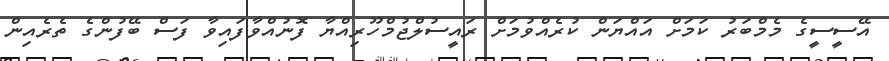
އޭސީސީގެ މެމްބަރު ކަމަށް އައްޔަން ކުރެއްވުމަށް ރައީސުލްޖުމްހޫރިއްޔާ ފޮނުއްވާފައިވާ ފަސް ބޭފުންގެ ތެރެއިން